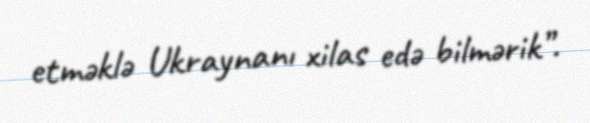
etməklə Ukraynanı xilas edə bilmərik”.